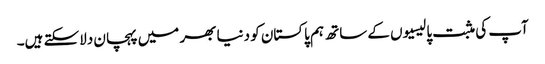
آپ کی مثبت پالیسیوں کے ساتھ ہم پاکستان کو دنیا بھر میں پہچان دلاسکتے ہیں۔